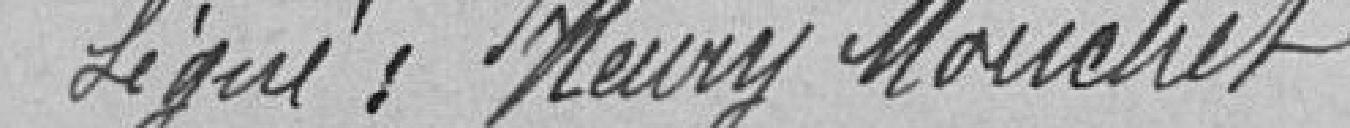
Signé: ........ Mouchet